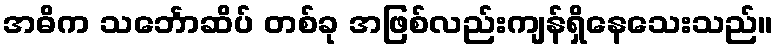
အဓိက သင်္ဘောဆိပ် တစ်ခု အဖြစ်လည်းကျန်ရှိနေသေးသည်။